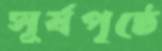
সূর্যপৃষ্ঠে